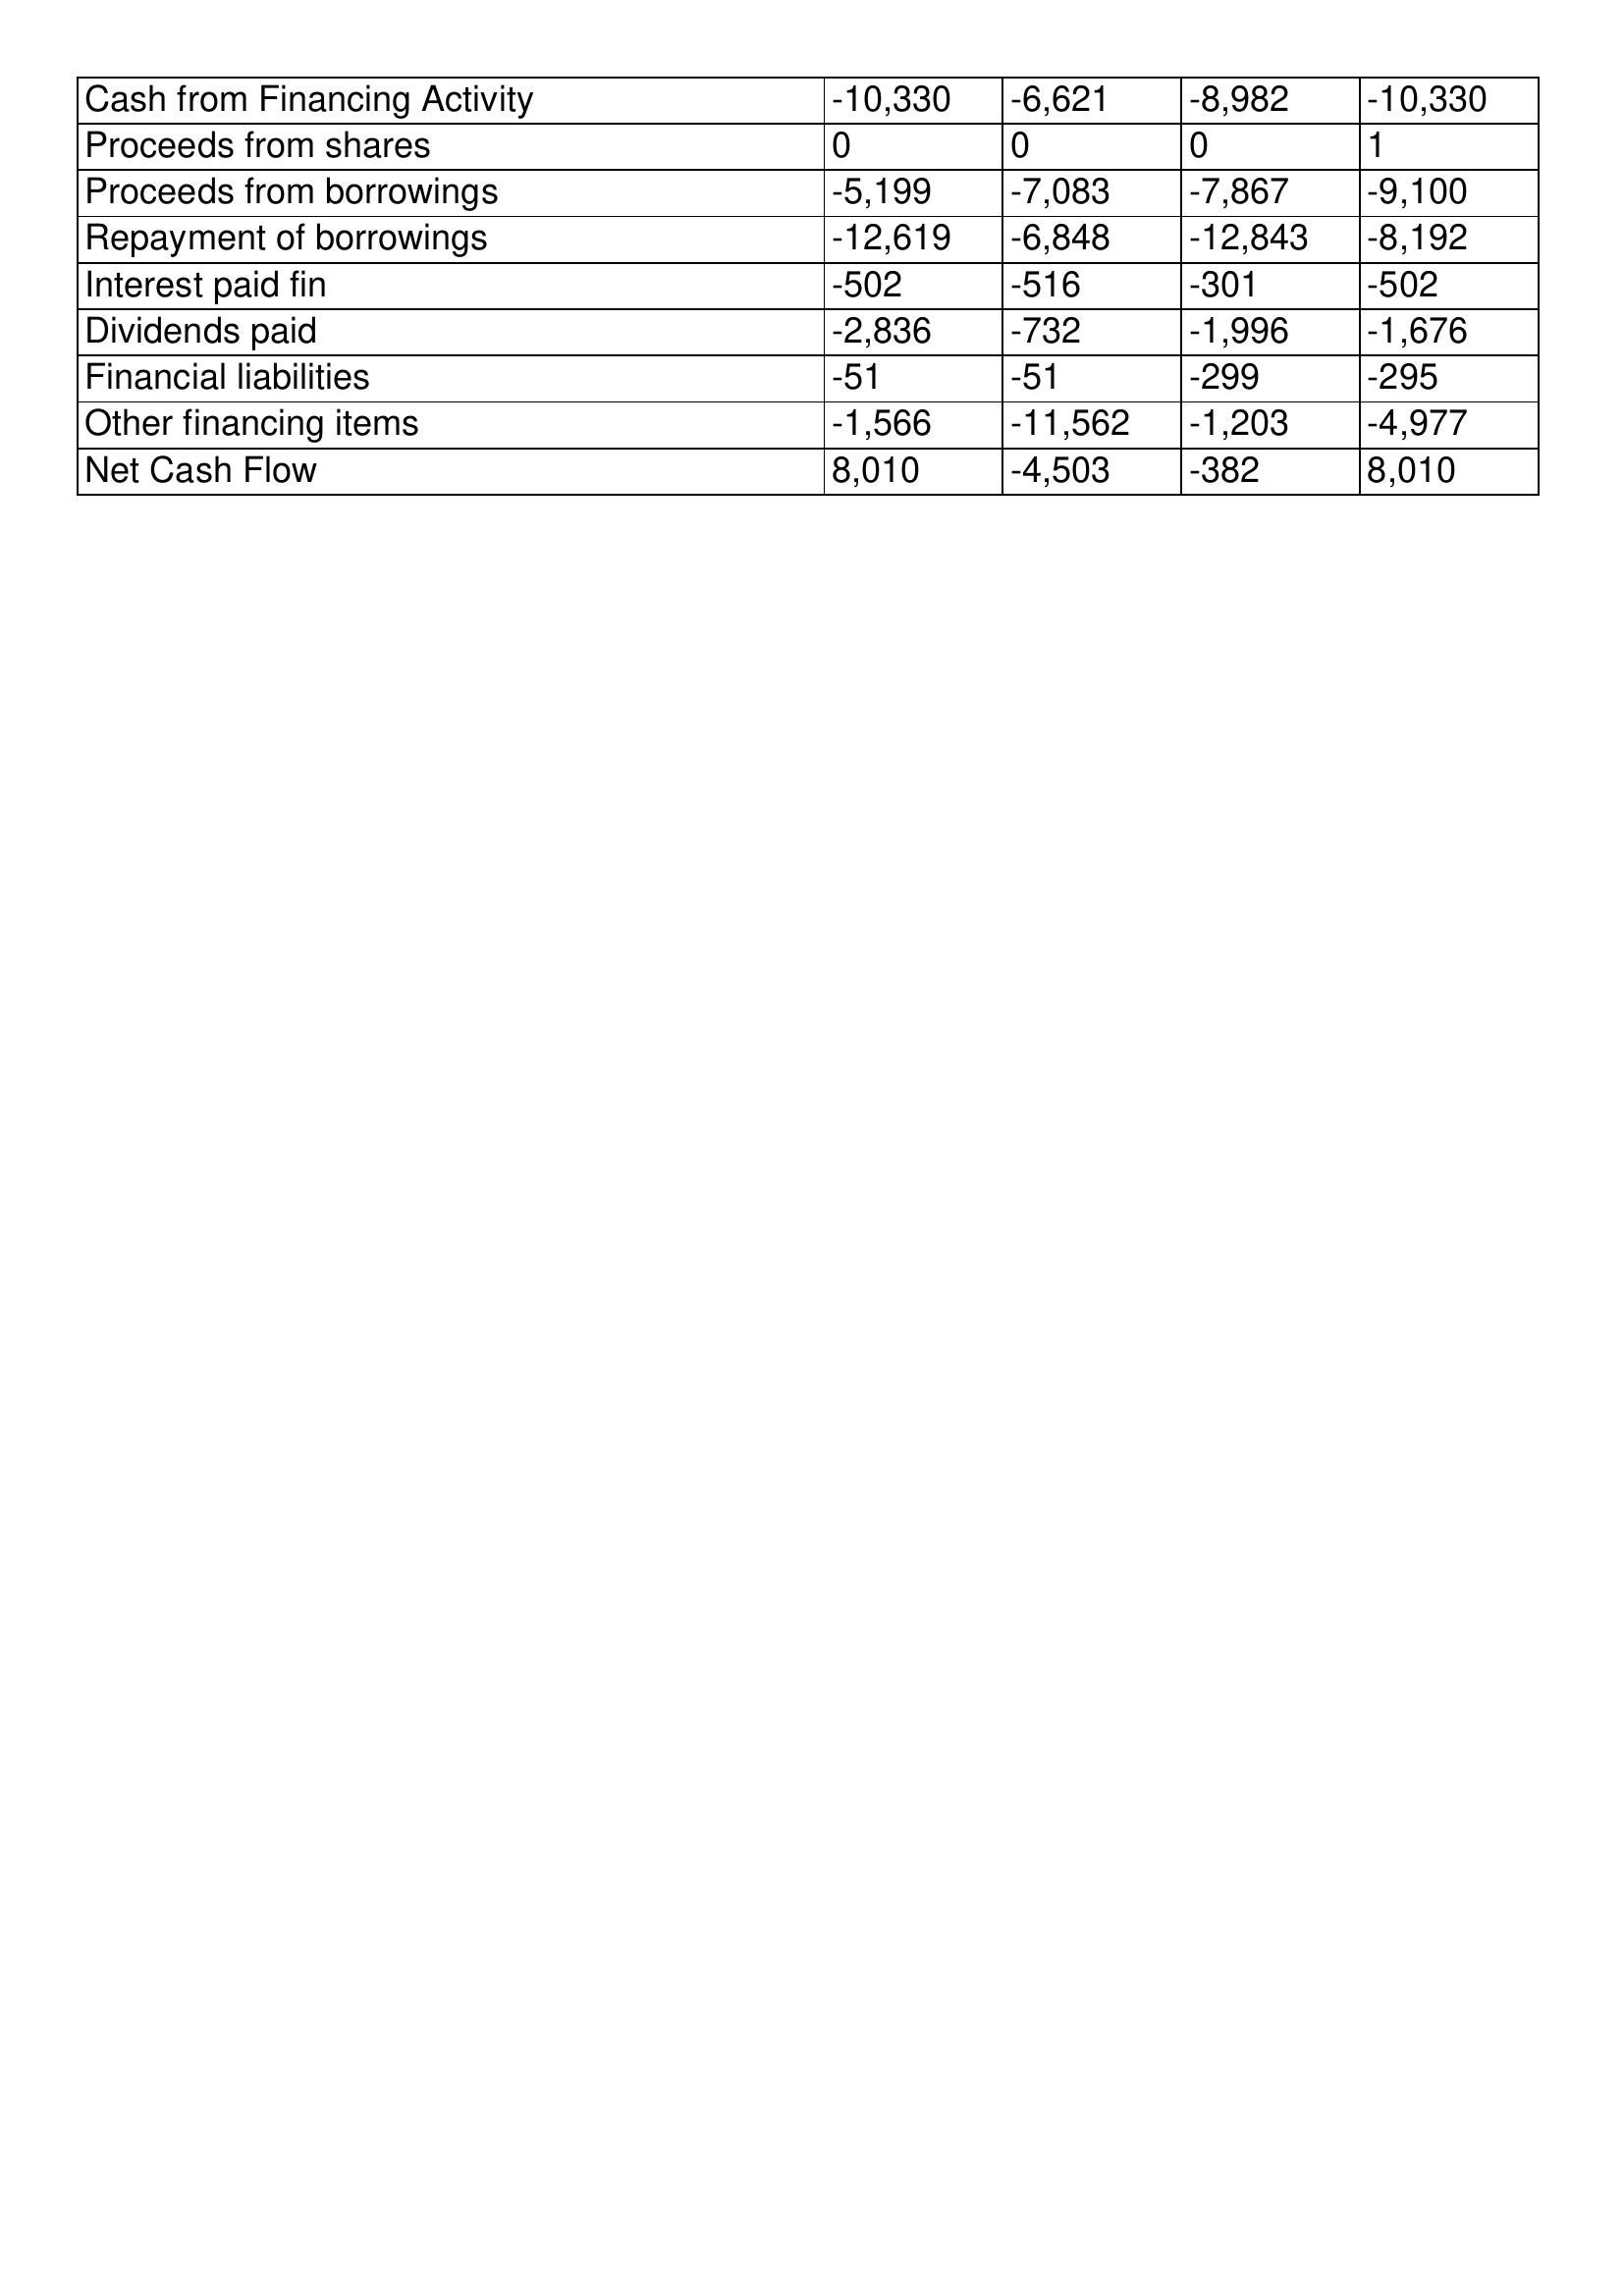
gt_parse: 2009: Cash Flows: Cash from Financing Activity: -10,330
Proceeds from shares: 0
Proceeds from borrowings: -5,199
Repayment of borrowings: -12,619
Interest paid fin: -502
Dividends paid: -2,836
Financial liabilities: -51
Other financing items: -1,566
Net Cash Flow: 8,010
2008: Cash Flows: Cash from Financing Activity: -6,621
Proceeds from shares: 0
Proceeds from borrowings: -7,083
Repayment of borrowings: -6,848
Interest paid fin: -516
Dividends paid: -732
Financial liabilities: -51
Other financing items: -11,562
Net Cash Flow: -4,503
2007: Cash Flows: Cash from Financing Activity: -8,982
Proceeds from shares: 0
Proceeds from borrowings: -7,867
Repayment of borrowings: -12,843
Interest paid fin: -301
Dividends paid: -1,996
Financial liabilities: -299
Other financing items: -1,203
Net Cash Flow: -382
2006: Cash Flows: Cash from Financing Activity: -10,330
Proceeds from shares: 1
Proceeds from borrowings: -9,100
Repayment of borrowings: -8,192
Interest paid fin: -502
Dividends paid: -1,676
Financial liabilities: -295
Other financing items: -4,977
Net Cash Flow: 8,010